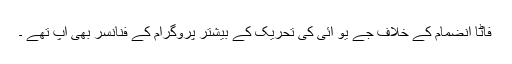
فاٹا انضمام کے خلاف جے یو آئی کی تحریک کے بیشتر پروگرام کے فنانسر بھی آپ تھے ۔